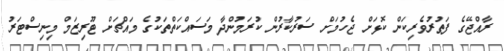
ރާއްޖޭގެ ފަތުރުވެރިކަން ކޮޅަށް ޖެހުމަށް ސަރުކާރުން ކުރަމުންދާ މަސައްކަތްތަކުގެ މައްޗަށް ޓޫރިޒަމް މިނިސްޓަރު